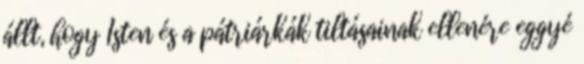
állt, hogy Isten és a pátriárkák tiltásainak ellenére eggyé